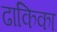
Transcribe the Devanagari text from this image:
ढाकिका